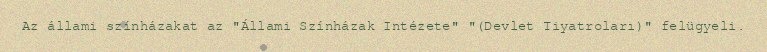
Az állami színházakat az "Állami Színházak Intézete" "(Devlet Tiyatroları)" felügyeli.